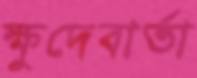
ক্ষুদেবার্তা